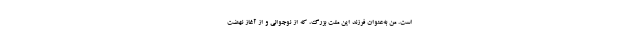
است. من به‌عنوان فرزند این ملت بزرگ، که از نوجوانی و از آغاز نهضت